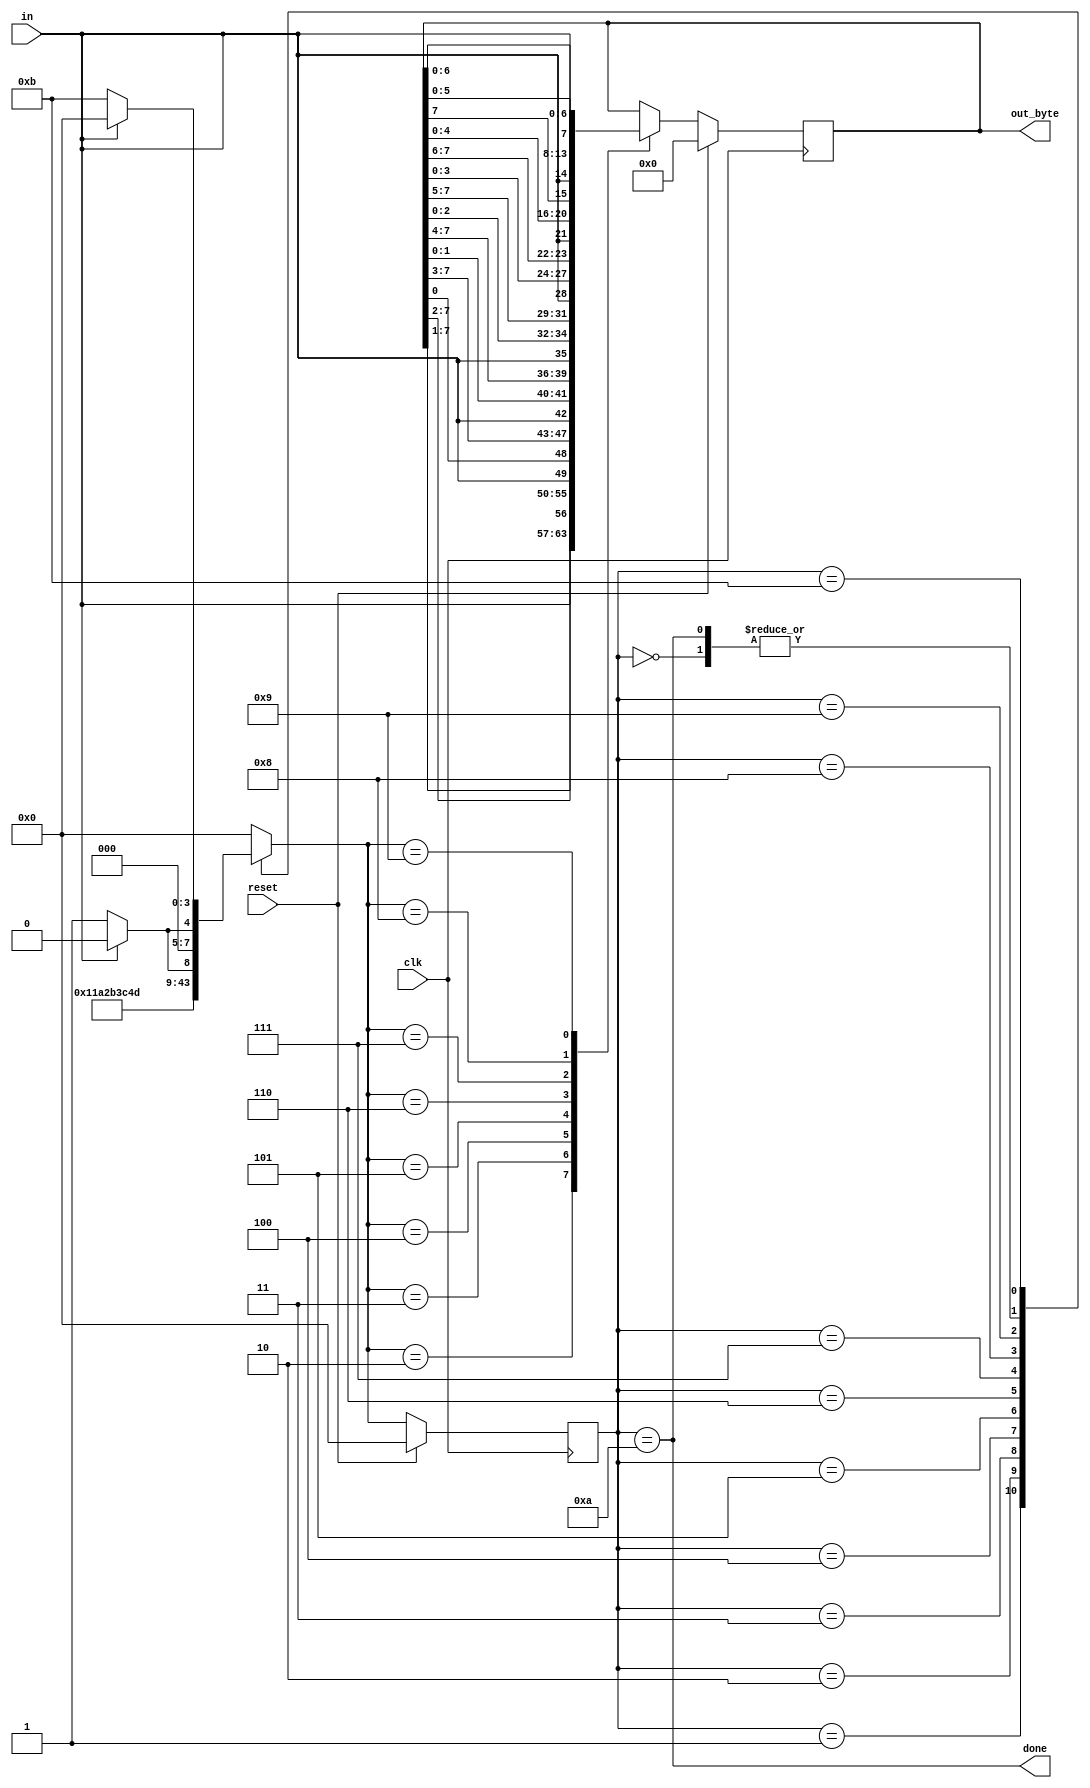
module top_module(
    input clk,
    input in,
    input reset,    // Synchronous reset
    output [7:0] out_byte,
    output done
); //
	parameter SE=0,BE=1,C1=2,C2=3,C3=4,C4=5,C5=6,C6=7,C7=8,C8=9,ED=10,SEARCH_ED=11;
    
    reg [3:0]state;
    reg [3:0]next_state;
    
    always@(*)begin
        case(state)
            SE:next_state = in?SE:BE;
            BE:next_state = C1;
            C1:next_state = C2;
            C2:next_state = C3;
            C3:next_state = C4;
            C4:next_state = C5;
            C5:next_state = C6;
            C6:next_state = C7;
            C7:next_state = C8;
            C8:next_state = in?ED:SEARCH_ED;
            ED:next_state = in?SE:BE;
            SEARCH_ED:next_state = in?SE:SEARCH_ED;    
            default:next_state = SE;
        endcase
    end
    
    always@(posedge clk)begin
        if(reset)begin
            state<=SE;
            out_byte<=8'b0;
        end
        else begin
            state<=next_state;
            case(next_state)
                C1:out_byte<={out_byte[7:1], in};
                C2:out_byte<={out_byte[7:2], in, out_byte[0]};
                C3:out_byte<={out_byte[7:3], in, out_byte[1:0]};
                C4:out_byte<={out_byte[7:4], in, out_byte[2:0]};
                C5:out_byte<={out_byte[7:5], in, out_byte[3:0]};
                C6:out_byte<={out_byte[7:6], in, out_byte[4:0]};
                C7:out_byte<={out_byte[7], in, out_byte[5:0]};
                C8:out_byte<={in, out_byte[6:0]};
		
                default:out_byte<=out_byte;
            endcase
        end
    end
            
    assign done=(state==ED);
   

endmodule